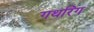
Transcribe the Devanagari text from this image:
गथरिंग